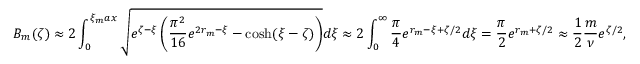
B _ { m } ( \zeta ) \approx 2 \int _ { 0 } ^ { \xi _ { m } a x } \sqrt { e ^ { \zeta - \xi } \left( \frac { \pi ^ { 2 } } { 1 6 } e ^ { 2 r _ { m } - \xi } - \cosh ( \xi - \zeta ) \right) } d \xi \approx 2 \int _ { 0 } ^ { \infty } \frac { \pi } { 4 } e ^ { r _ { m } - \xi + \zeta / 2 } d \xi = \frac { \pi } { 2 } e ^ { r _ { m } + \zeta / 2 } \approx \frac { 1 } { 2 } \frac { m } { \nu } e ^ { \zeta / 2 } ,